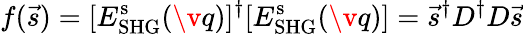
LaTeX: f(\vec{s})=[E_{\mathrm{SHG}}^{\mathrm{s}}(\v q)]^{\dagger}[E_{\mathrm{SHG}}^{\mathrm{s}}(\v q)]=\vec{s}^{\dagger}D^{\dagger}D\vec{s}